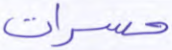
حسرات